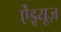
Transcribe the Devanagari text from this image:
ऐंड्र्यूज़